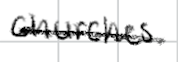
Text: churches
Cross-out: single-line
Writing tool: digital_black